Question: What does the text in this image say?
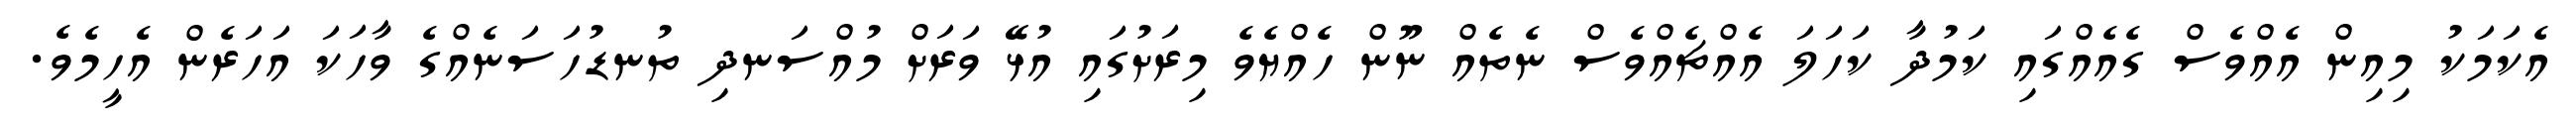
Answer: އެކަމަކު މިއިން އެއްވެސް ގެއެއްގައި ކަމުދާ ކަހަލަ އެއްޗެއްވެސް ނެތެއް ނޫން ހެއްޔެވެ މިރަށުގައި އުޅޭ ވަރަށް މުއްސަނދި ތުނޑުހަސަނެއްގެ ވާހަކަ އަހަރެން އެހީމެވެ.